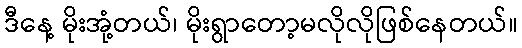
ဒီနေ့ မိုးအုံ့တယ်၊ မိုးရွာတော့မလိုလိုဖြစ်နေတယ်။